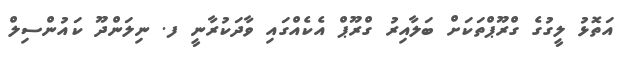
އަތޮޅު ލީގުގެ ގްރޫޕްތަކަށް ބަލާއިރު ގްރޫޕް އެކެއްގައި ވާދަކުރާނީ ފ. ނިލަންދޫ ކައުންސިލް